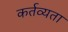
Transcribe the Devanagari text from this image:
कर्तव्यता